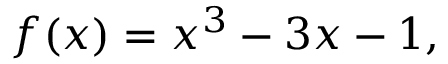
f ( x ) = x ^ { 3 } - 3 x - 1 ,